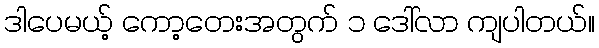
ဒါပေမယ့် ကော့တေးအတွက် ၁ ဒေါ်လာ ကျပါတယ်။